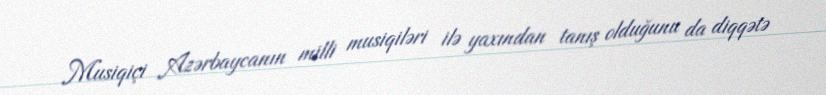
Musiqiçi Azərbaycanın milli musiqiləri ilə yaxından tanış olduğunu da diqqətə